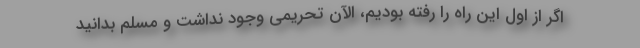
اگر از اول این راه را رفته بودیم، الآن تحریمی وجود نداشت و مسلم بدانید